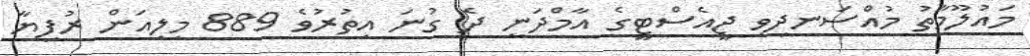
މައުލޫމާތު މުއްސަނދިވި ޖީއެސްޓީގެ އާމްދަނީ ދެ ގުނަ އިތުރުވެ 889 މިލިއަން ރުފިޔާ